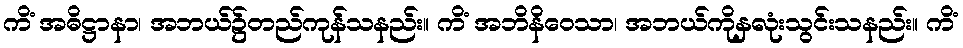
ကိံ အဓိဋ္ဌာနာ၊ အဘယ်၌တည်ကုန်သနည်း။ ကိံ အဘိနိဝေသာ၊ အဘယ်ကိုနှလုံးသွင်းသနည်း။ ကိံ